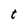
Character: t